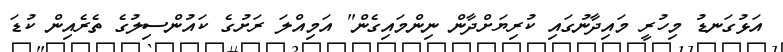
އަޅުގަނޑު މިހުރީ މައިދާނުގައި ކުރިޔަށްދާން ނިންމައިގެން" އަމިއްލަ ރަށުގެ ކައުންސިލުގެ ތެރެއިން ކުޑަ